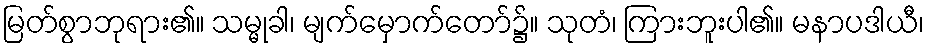
မြတ်စွာဘုရား၏။ သမ္မုခါ၊ မျက်မှောက်တော်၌။ သုတံ၊ ကြားဘူးပါ၏။ မနာပဒါယီ၊